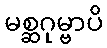
မစ္ဆဂုမ္ဗာပိ